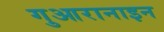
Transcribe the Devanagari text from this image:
गुआरानाइन